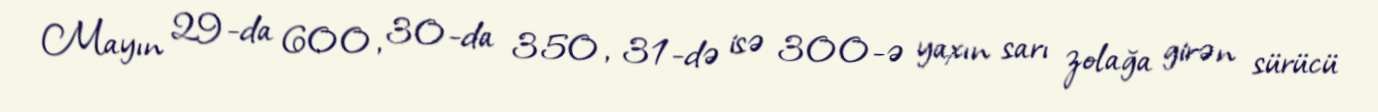
Mayın 29-da 600, 30-da 350, 31-də isə 300-ə yaxın sarı zolağa girən sürücü